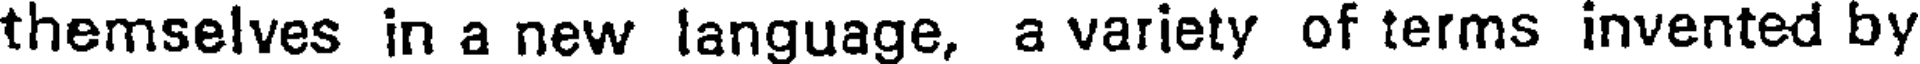
themselves in a new language, a variety of terms invented by